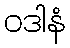
ဝဒါနံ